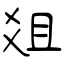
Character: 爼